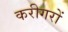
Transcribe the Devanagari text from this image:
करीगरों